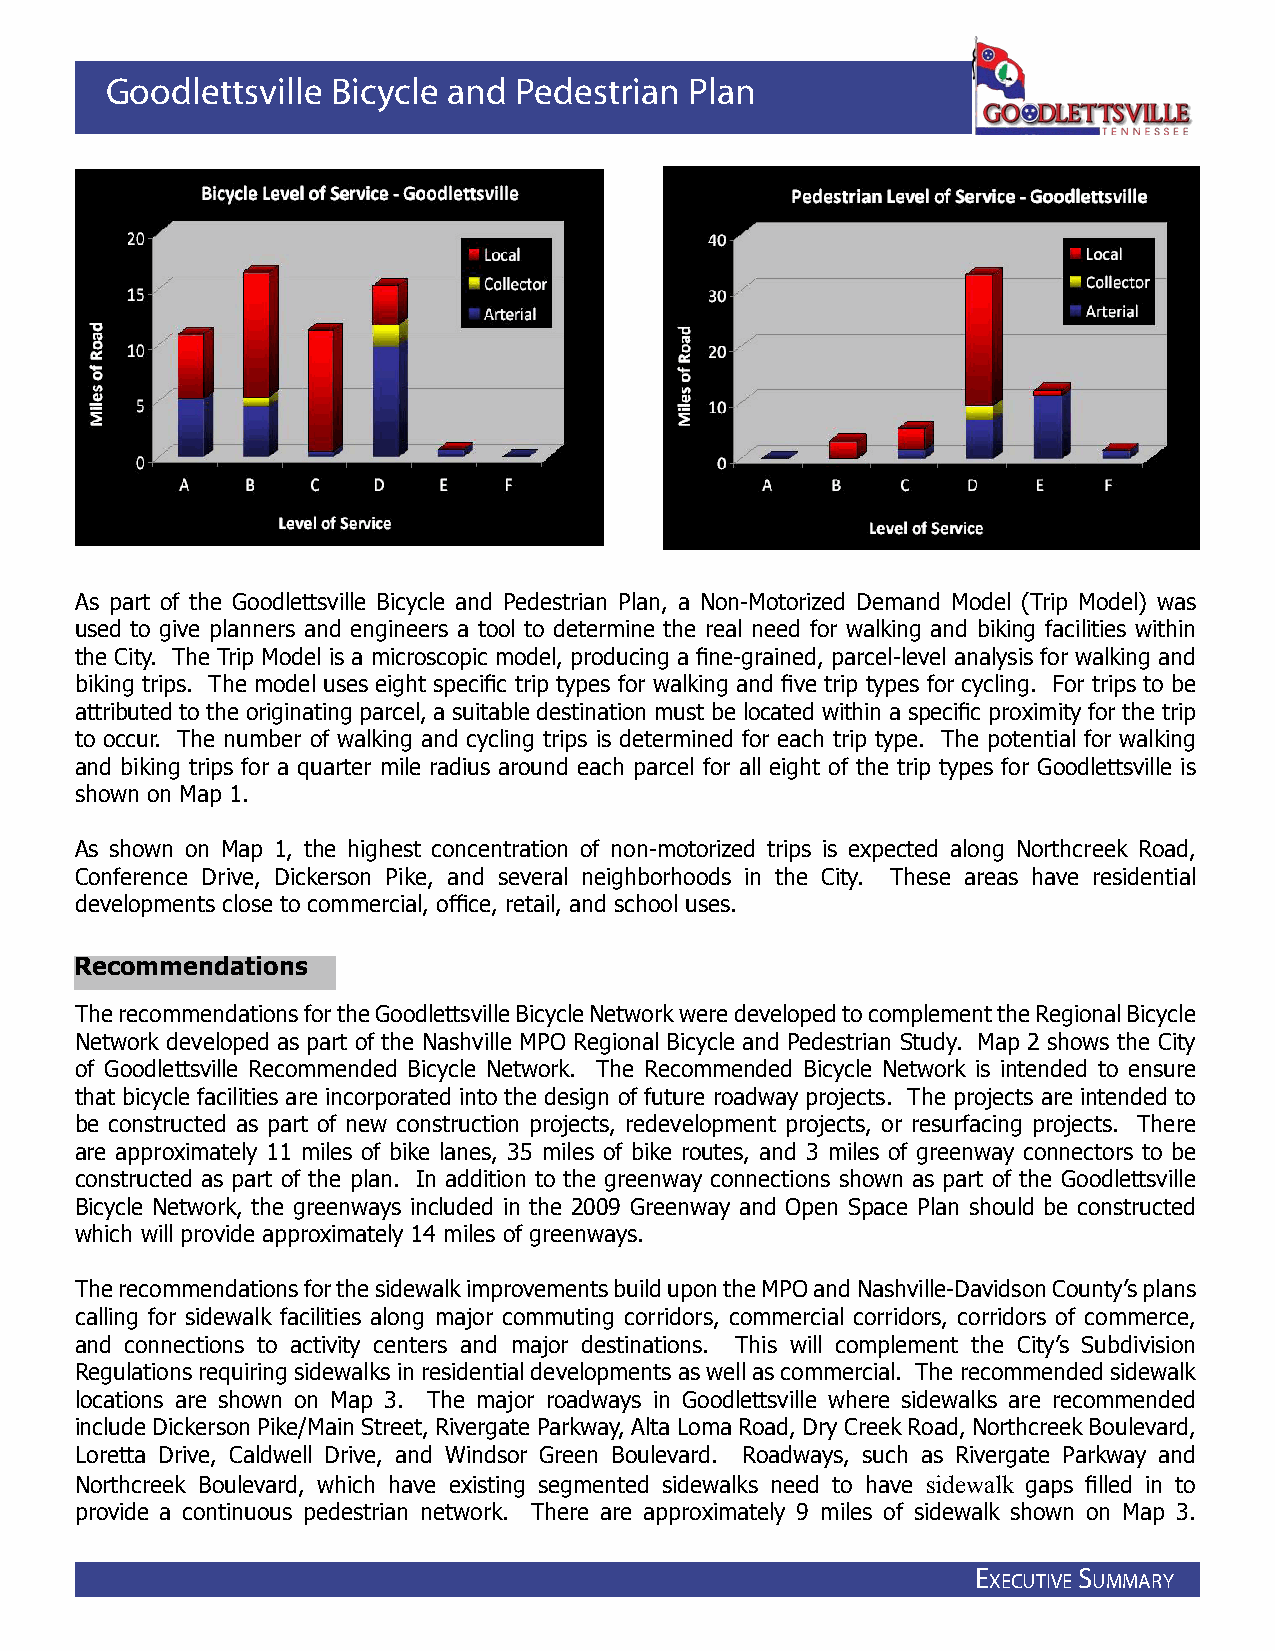
Goodlettsville Bicycle and Pedestrian  Plan
 As part of the Goodlettsville Bicycle and Pedestrian Plan, a Non-Motorized Demand Model (Trip Model) was
 used to give planners and engineers a tool to determine the real need for walking and biking facilities within
 the City. The Trip Model is a microscopic model, producing a fine-grained, parcel-level analysis for walking and
 biking trips. The model uses eight specific trip types for walking and five trip types for cycling. For trips to be
 attributed to the originating parcel, a suitable destination must be located within a specific proximity for the trip
 to occur. The number of walking and cycling trips is determined for each trip type. The potential for walking
 and biking trips for a quarter mile radius around each parcel for all eight of the trip types for Goodlettsville is
 shown on Map 1.
 As shown on Map 1, the highest concentration of non-motorized trips is expected along Northcreek Road,
 Conference Drive, Dickerson Pike, and several neighborhoods in the City. These areas have residential
 developments close to commercial, office, retail, and school uses.
 Recommendations
 The recommendations for the Goodlettsville Bicycle Network were developed to complement the Regional Bicycle
 Network developed as part of the Nashville MPO Regional Bicycle and Pedestrian Study. Map 2 shows the City
 of Goodlettsville Recommended Bicycle Network. The Recommended Bicycle Network is intended to ensure
 that bicycle facilities are incorporated into the design of future roadway projects. The projects are intended to
 be constructed as part of new construction projects, redevelopment projects, or resurfacing projects. There
 are approximately 11 miles of bike lanes, 35 miles of bike routes, and 3 miles of greenway connectors to be
 constructed as part of the plan. In addition to the greenway connections shown as part of the Goodlettsville
 Bicycle Network, the greenways included in the 2009 Greenway and Open Space Plan should be constructed
 which will provide approximately 14 miles of greenways.
 The recommendations for the sidewalk improvements build upon the MPO and Nashville-Davidson County’s plans
 calling for sidewalk facilities along major commuting corridors, commercial corridors, corridors of commerce,
 and connections to activity centers and major destinations. This will complement the City’s Subdivision
 Regulations requiring sidewalks in residential developments as well as commercial. The recommended sidewalk
 locations are shown on Map 3. The major roadways in Goodlettsville where sidewalks are recommended
 include Dickerson Pike/Main Street, Rivergate Parkway, Alta Loma Road, Dry Creek Road, Northcreek Boulevard,
 Loretta Drive, Caldwell Drive, and Windsor Green Boulevard. Roadways, such as Rivergate Parkway and
 Northcreek Boulevard, which have existing segmented sidewalks need to have sidewalk gaps filled in to
 provide a continuous pedestrian network. There are approximately 9 miles of sidewalk shown on Map 3.
 E
 xEcutivE
 S
 ummary